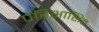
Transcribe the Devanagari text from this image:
परिभाशित